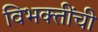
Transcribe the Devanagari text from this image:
विभक्तींची